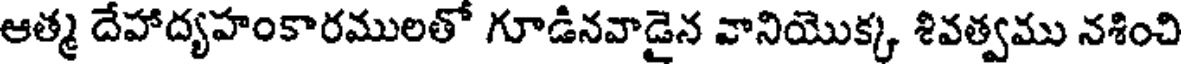
ఆత్మ దేహాద్యహంకారములతో గూడినవాడైన వానియొక్క శివత్వము నశించి